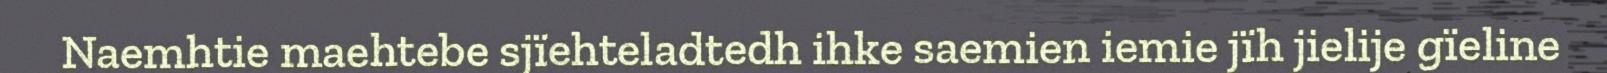
Naemhtie maehtebe sjïehteladtedh ihke saemien iemie jïh jielije gïeline